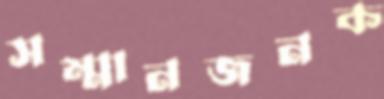
সম্মানজনক